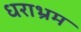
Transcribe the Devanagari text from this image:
धराभ्रम